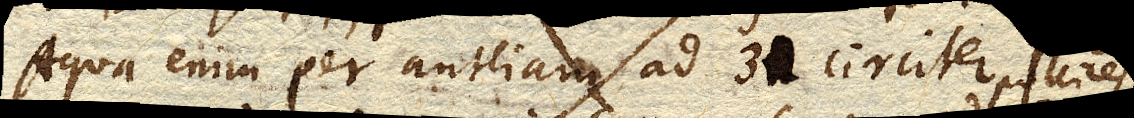
Aqua enim per antliam ad 31 circiter